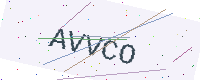
Text: AVVCO